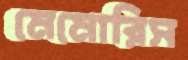
মেমোরিস